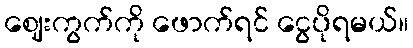
ဈေးကွက်ကို ဖောက်ရင် ငွေပိုရမယ်။